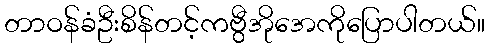
တာဝန်ခံဦးစိန်တင့်ကဗွီအိုအေကိုပြောပါတယ်။